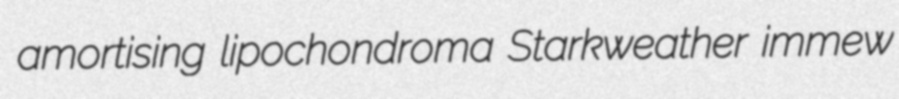
amortising lipochondroma Starkweather immew